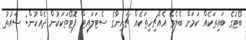
ބޯޓުގެ ބައިތަކެއް ކަމަށް ބެލެވޭ އެއްޗިހިތަކެއް ޗައިނާގެ ސެޓަލައިޓް ފޮޓޯތަކަކުން ދެއްކުން: ސައުތު